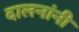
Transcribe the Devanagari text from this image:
दालनांनी